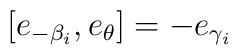
[e_{-\beta_i}, e_{\theta}] = - e_{\gamma_i}